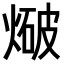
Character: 𭵤